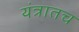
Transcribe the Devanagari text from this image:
यंत्रातच